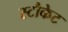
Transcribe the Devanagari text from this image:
स्टौकेट